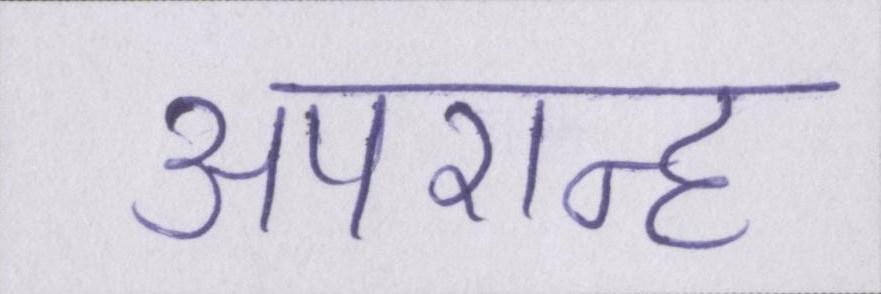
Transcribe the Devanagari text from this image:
अपरान्ह